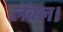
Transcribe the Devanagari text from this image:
लॅवल।